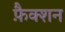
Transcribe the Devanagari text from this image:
फ़ैक्शन